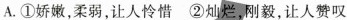
A.①娇嫩，柔弱，让人怜惜②灿；刚毅，让人赞叹